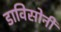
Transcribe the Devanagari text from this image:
डाविसोनी